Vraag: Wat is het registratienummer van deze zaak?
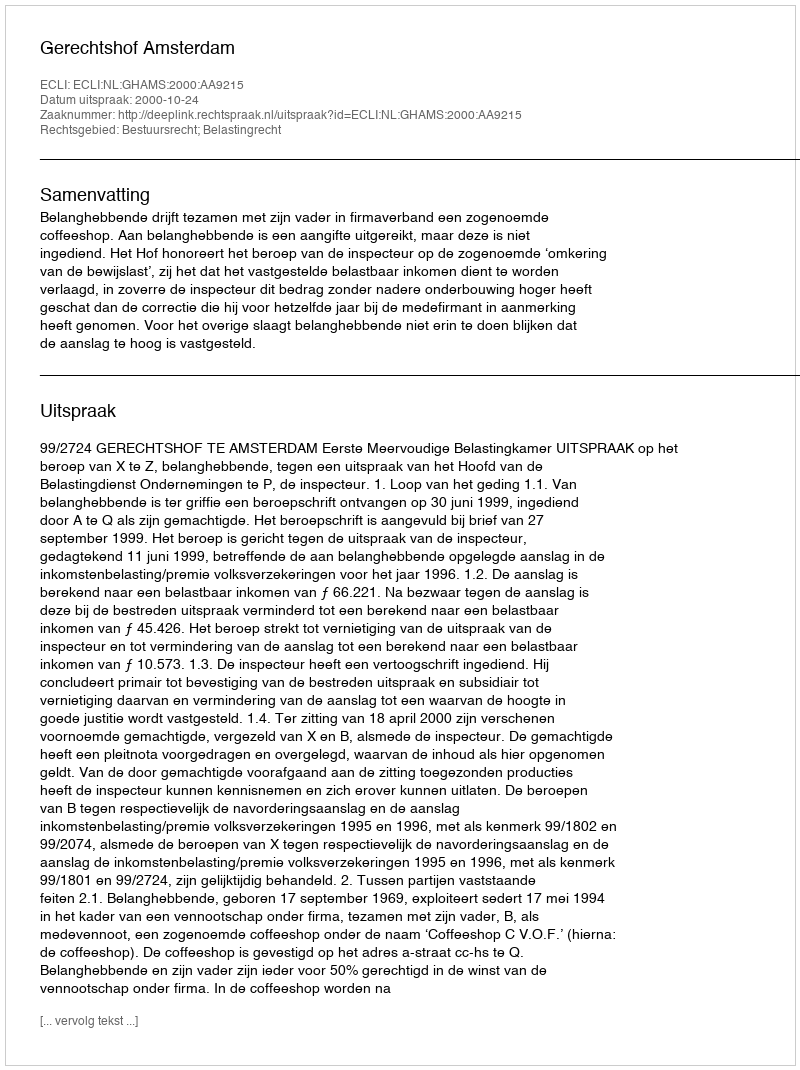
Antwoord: http://deeplink.rechtspraak.nl/uitspraak?id=ECLI:NL:GHAMS:2000:AA9215